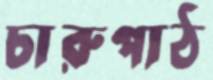
চারুপাঠ